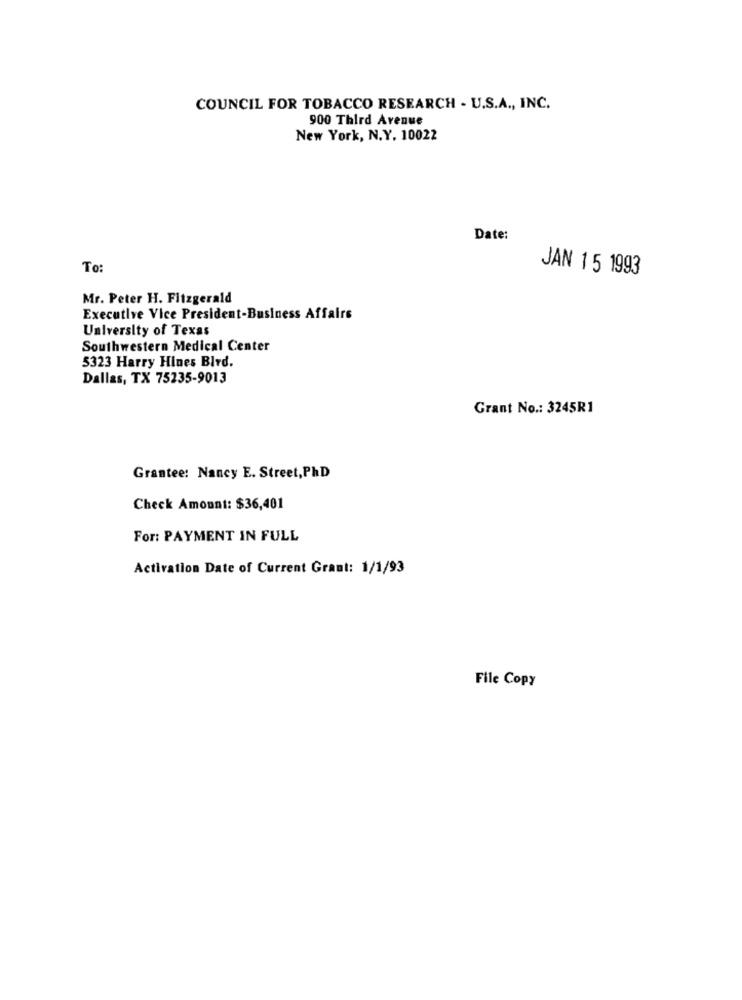
COUNCIL FOR TOBACCO RESEARCH - U.S.A ., INC.
900 Third Avenue
New York, N.Y. 10022
Date:
To:
JAN 15 1993
Mr. Peter H. Fitzgerald
Executive Vice President-Business Affairs
University of Texas
Southwestern Medical Center
5323 Harry Hines Bird.
Dallas, TX 75235-9013
Grant No .: 3245R1
Grantee: Nancy E. Street, PhD
Check Amount: $36,401
For: PAYMENT IN FULL
Activation Date of Current Grant: 1/1/93
File Copy